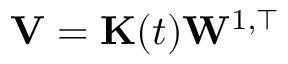
\mathbf { V } = \mathbf { K } ( t ) \mathbf { W } ^ { 1 , \top }